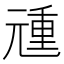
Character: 𰃏